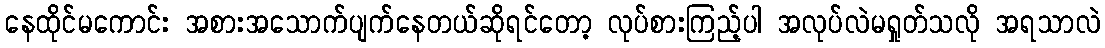
နေထိုင်မကောင်း အစားအသောက်ပျက်နေတယ်ဆိုရင်တော့ လုပ်စားကြည့်ပါ အလုပ်လဲမရှုတ်သလို အရသာလဲ